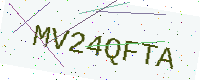
Text: MV24QFTA